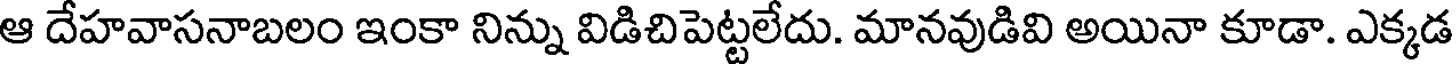
ఆ దేహవాసనాబలం ఇంకా నిన్ను విడిచిపెట్టలేదు. మానవుడివి అయినా కూడా. ఎక్కడ